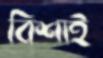
বিশাই